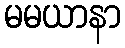
မမယာနာ